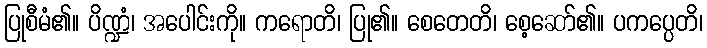
ပြုစီမံ၏။ ပိဏ္ဍံ၊ အပေါင်းကို။ ကရောတိ၊ ပြု၏။ စေတေတိ၊ စေ့ဆော်၏။ ပကပ္ပေတိ၊